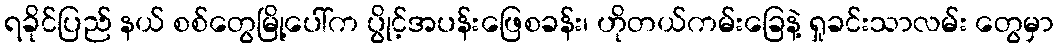
ရခိုင်ပြည် နယ် စစ်တွေမြို့ပေါ်က ပွိုင့်အပန်းဖြေစခန်း၊ ဟိုတယ်ကမ်းခြေနဲ့ ရှုခင်းသာလမ်း တွေမှာ